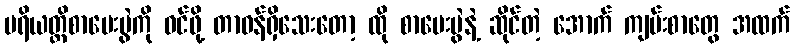
ပရိယတ္တိစာမေးပွဲကို ဝင်ဖို့ တာဝန်ရှိသေးတော့ ထို စာမေးပွဲနဲ့ ဆိုင်တဲ့ အောက် ကျမ်းစာတွေ အထက်